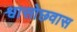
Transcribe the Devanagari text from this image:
श्वासोछवास